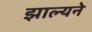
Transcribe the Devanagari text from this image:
झाल्यने